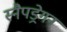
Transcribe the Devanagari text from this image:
स्नैपड्रेगन